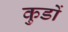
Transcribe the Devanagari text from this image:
कुडों